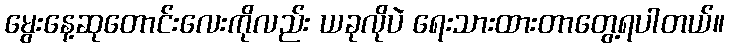
မွေးနေ့ဆုတောင်းလေးကိုလည်း ယခုလိုပဲ ရေးသားထားတာတွေ့ရပါတယ်။